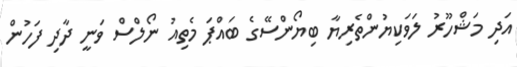
އަދި މަޝްހޫރު ލަވަކިޔުންތެރިޔާ ބިޔޯންސޭގެ ބައްޕަ މެތިއު ނޯލްސް ވަނީ ދާދި ފަހުން